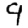
Digit: 9